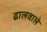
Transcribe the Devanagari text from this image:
ढालवाले